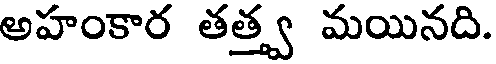
అహంకార తత్త్వ మయినది.